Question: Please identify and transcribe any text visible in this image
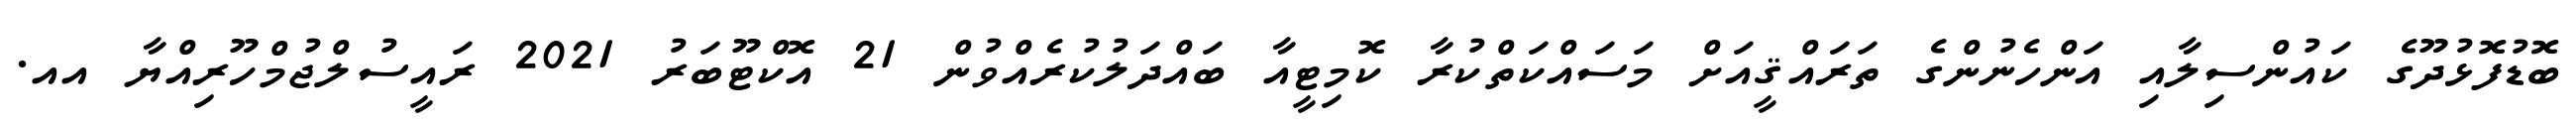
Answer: ބޮޑުފޮޅުދޫގެ ކައުންސިލާއި އަންހެނުންގެ ތަރައްޤީއަށް މަސައްކަތްކުރާ ކޮމިޓީއާ ބައްދަލުކުރެއްވުން 21 އޮކްޓޫބަރު 2021 ރައީސުލްޖުމްހޫރިއްޔާ އއ.